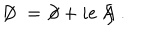
\not \! \! D \; = \; \not \! \partial + i e \not \! \! A \; .